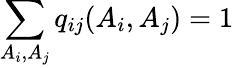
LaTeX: \sum_{A_{i},A_{j}}q_{ij}(A_{i},A_{j})=1